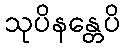
သုပိနန္တေပိ